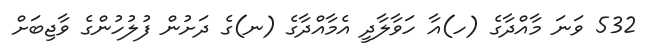
532 ވަނަ މާއްދާގެ (ހ)އާ ހަވާލާދީ އެމާއްދާގެ (ނ)ގެ ދަށުން ފުލުހުންގެ ވާޖިބަށް